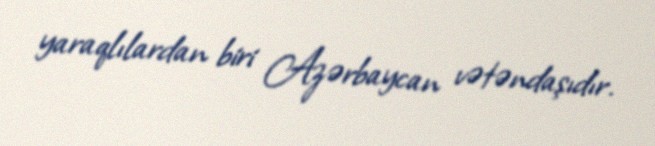
yaraqlılardan biri Azərbaycan vətəndaşıdır.